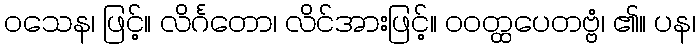
ဝသေန၊ ဖြင့်။ လိင်္ဂတော၊ လိင်အားဖြင့်။ ဝဝတ္ထပေတဗ္ဗံ၊ ၏။ ပန၊